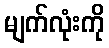
မျက်လုံးကို